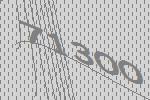
71300